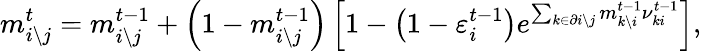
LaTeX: m_{i\setminus j}^{t}=m_{i\setminus j}^{t-1}+\left(1-m_{i\setminus j}^{t-1}\right)\left[1-\left(1-\varepsilon_{i}^{t-1}\right)e^{\sum_{k\in\partial i\setminus j}m_{k\setminus i}^{t-1}\nu_{ki}^{t-1}}\right],